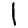
Digit: 1